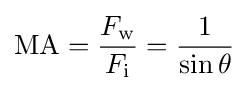
{\text{MA}}={\frac {F_{\rm {w}}}{F_{\rm {i}}}}={\frac {1}{\sin \theta }}